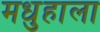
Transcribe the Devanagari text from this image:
मधुहाला